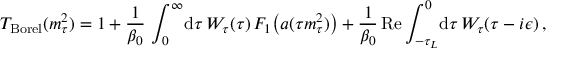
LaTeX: T _ { \mathrm { B o r e l } } ( m _ { \tau } ^ { 2 } ) = 1 + { \frac { 1 } { \beta _ { 0 } } } \, \int _ { 0 } ^ { \infty } \! \mathrm { d } \tau \, W _ { \tau } ( \tau ) \, F _ { 1 } \big ( a ( \tau m _ { \tau } ^ { 2 } ) \big ) + { \frac { 1 } { \beta _ { 0 } } } \, \mathrm { R e } \int _ { - \tau _ { L } } ^ { 0 } \! \mathrm { d } \tau \, W _ { \tau } ( \tau - i \epsilon ) \, ,